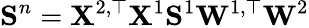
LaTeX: \mathbf S^{n}=\mathbf{X}^{2,\top}\mathbf{X}^{1}\mathbf{S}^{1}\mathbf{W}^{1,\top}\mathbf{W}^{2}